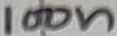
Text: 100n